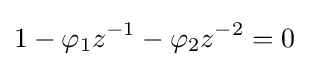
1-\varphi _{1}z^{-1}-\varphi _{2}z^{-2}=0